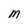
Character: m